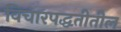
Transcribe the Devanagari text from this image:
विचारपद्धतीतील